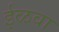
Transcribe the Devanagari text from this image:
ईळवा